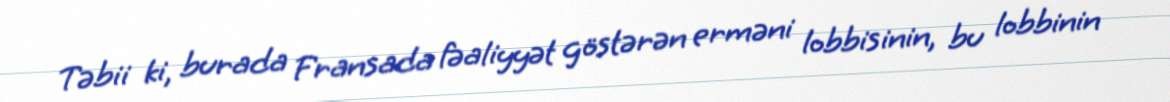
Təbii ki, burada Fransada fəaliyyət göstərən erməni lobbisinin, bu lobbinin